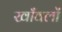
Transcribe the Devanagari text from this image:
खाँवलों